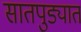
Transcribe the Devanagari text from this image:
सातपुड्यात